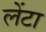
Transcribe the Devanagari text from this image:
लेंटा